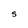
Character: S